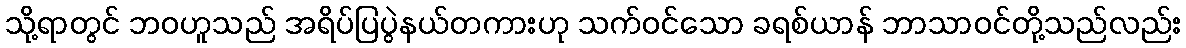
သို့ရာတွင် ဘဝဟူသည် အရိပ်ပြပွဲနယ်တကားဟု သက်ဝင်သော ခရစ်ယာန် ဘာသာဝင်တို့သည်လည်း